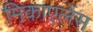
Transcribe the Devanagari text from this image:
मिकाएलेंस